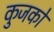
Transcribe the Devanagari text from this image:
कुजको